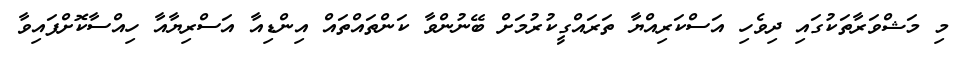
މި މަޝްވަރާތަކުގައި ދިވެހި އަސްކަރިއްޔާ ތަރައްގީކުރުމަށް ބޭނުންވާ ކަންތައްތައް އިންޑިއާ އަސްރިޔާއާ ހިއްސާކޮށްފައިވާ